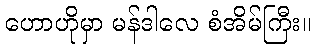
ဟောဟိုမှာ မန်ဒါလေ စံအိမ်ကြီး။